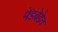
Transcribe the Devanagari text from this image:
मेडवेडेव